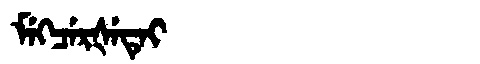
Manchu: ᠮᡝᡴᠴᡝᡵᡧᡝᡨᡝᡳ
Romanization: MEKCERŠETEI